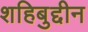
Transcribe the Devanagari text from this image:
शहिबुद्दीन